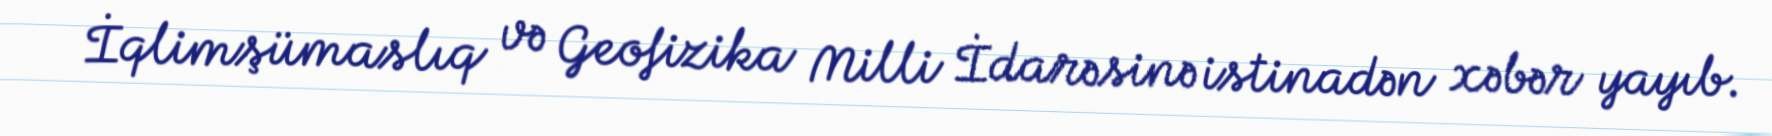
İqlimşümaslıq və Geofizika Milli İdarəsinə istinadən xəbər yayıb.